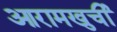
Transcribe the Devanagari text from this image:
आरामखुर्ची